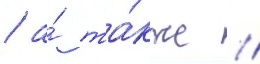
/ а́ та́кже /